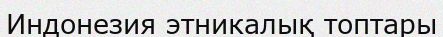
Индонезия этникалық топтары